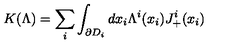
K ( \Lambda ) = \sum _ { i } \int _ { \partial D _ { i } } d x _ { i } \Lambda ^ { i } ( x _ { i } ) J _ { + } ^ { i } ( x _ { i } )